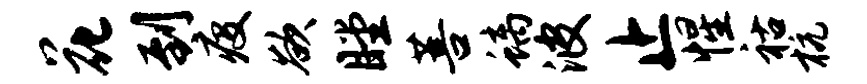
花到疫欲瞠菩螭波止惺祜杭